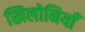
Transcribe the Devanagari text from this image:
खिलोनियाँ